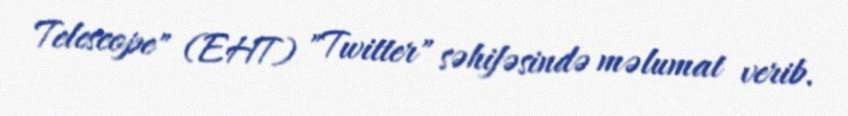
Telescope" (EHT) "Twitter" səhifəsində məlumat verib.